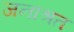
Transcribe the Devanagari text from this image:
जनाश्रत